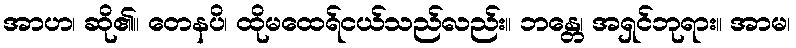
အာဟ၊ ဆို၏။ တေနပိ၊ ထိုမထေရ်ငယ်သည်လည်း။ ဘန္တေ၊ အရှင်ဘုရား။ အာမ၊